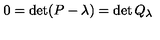
0 = \det ( P - \lambda ) = \det Q _ { \lambda }